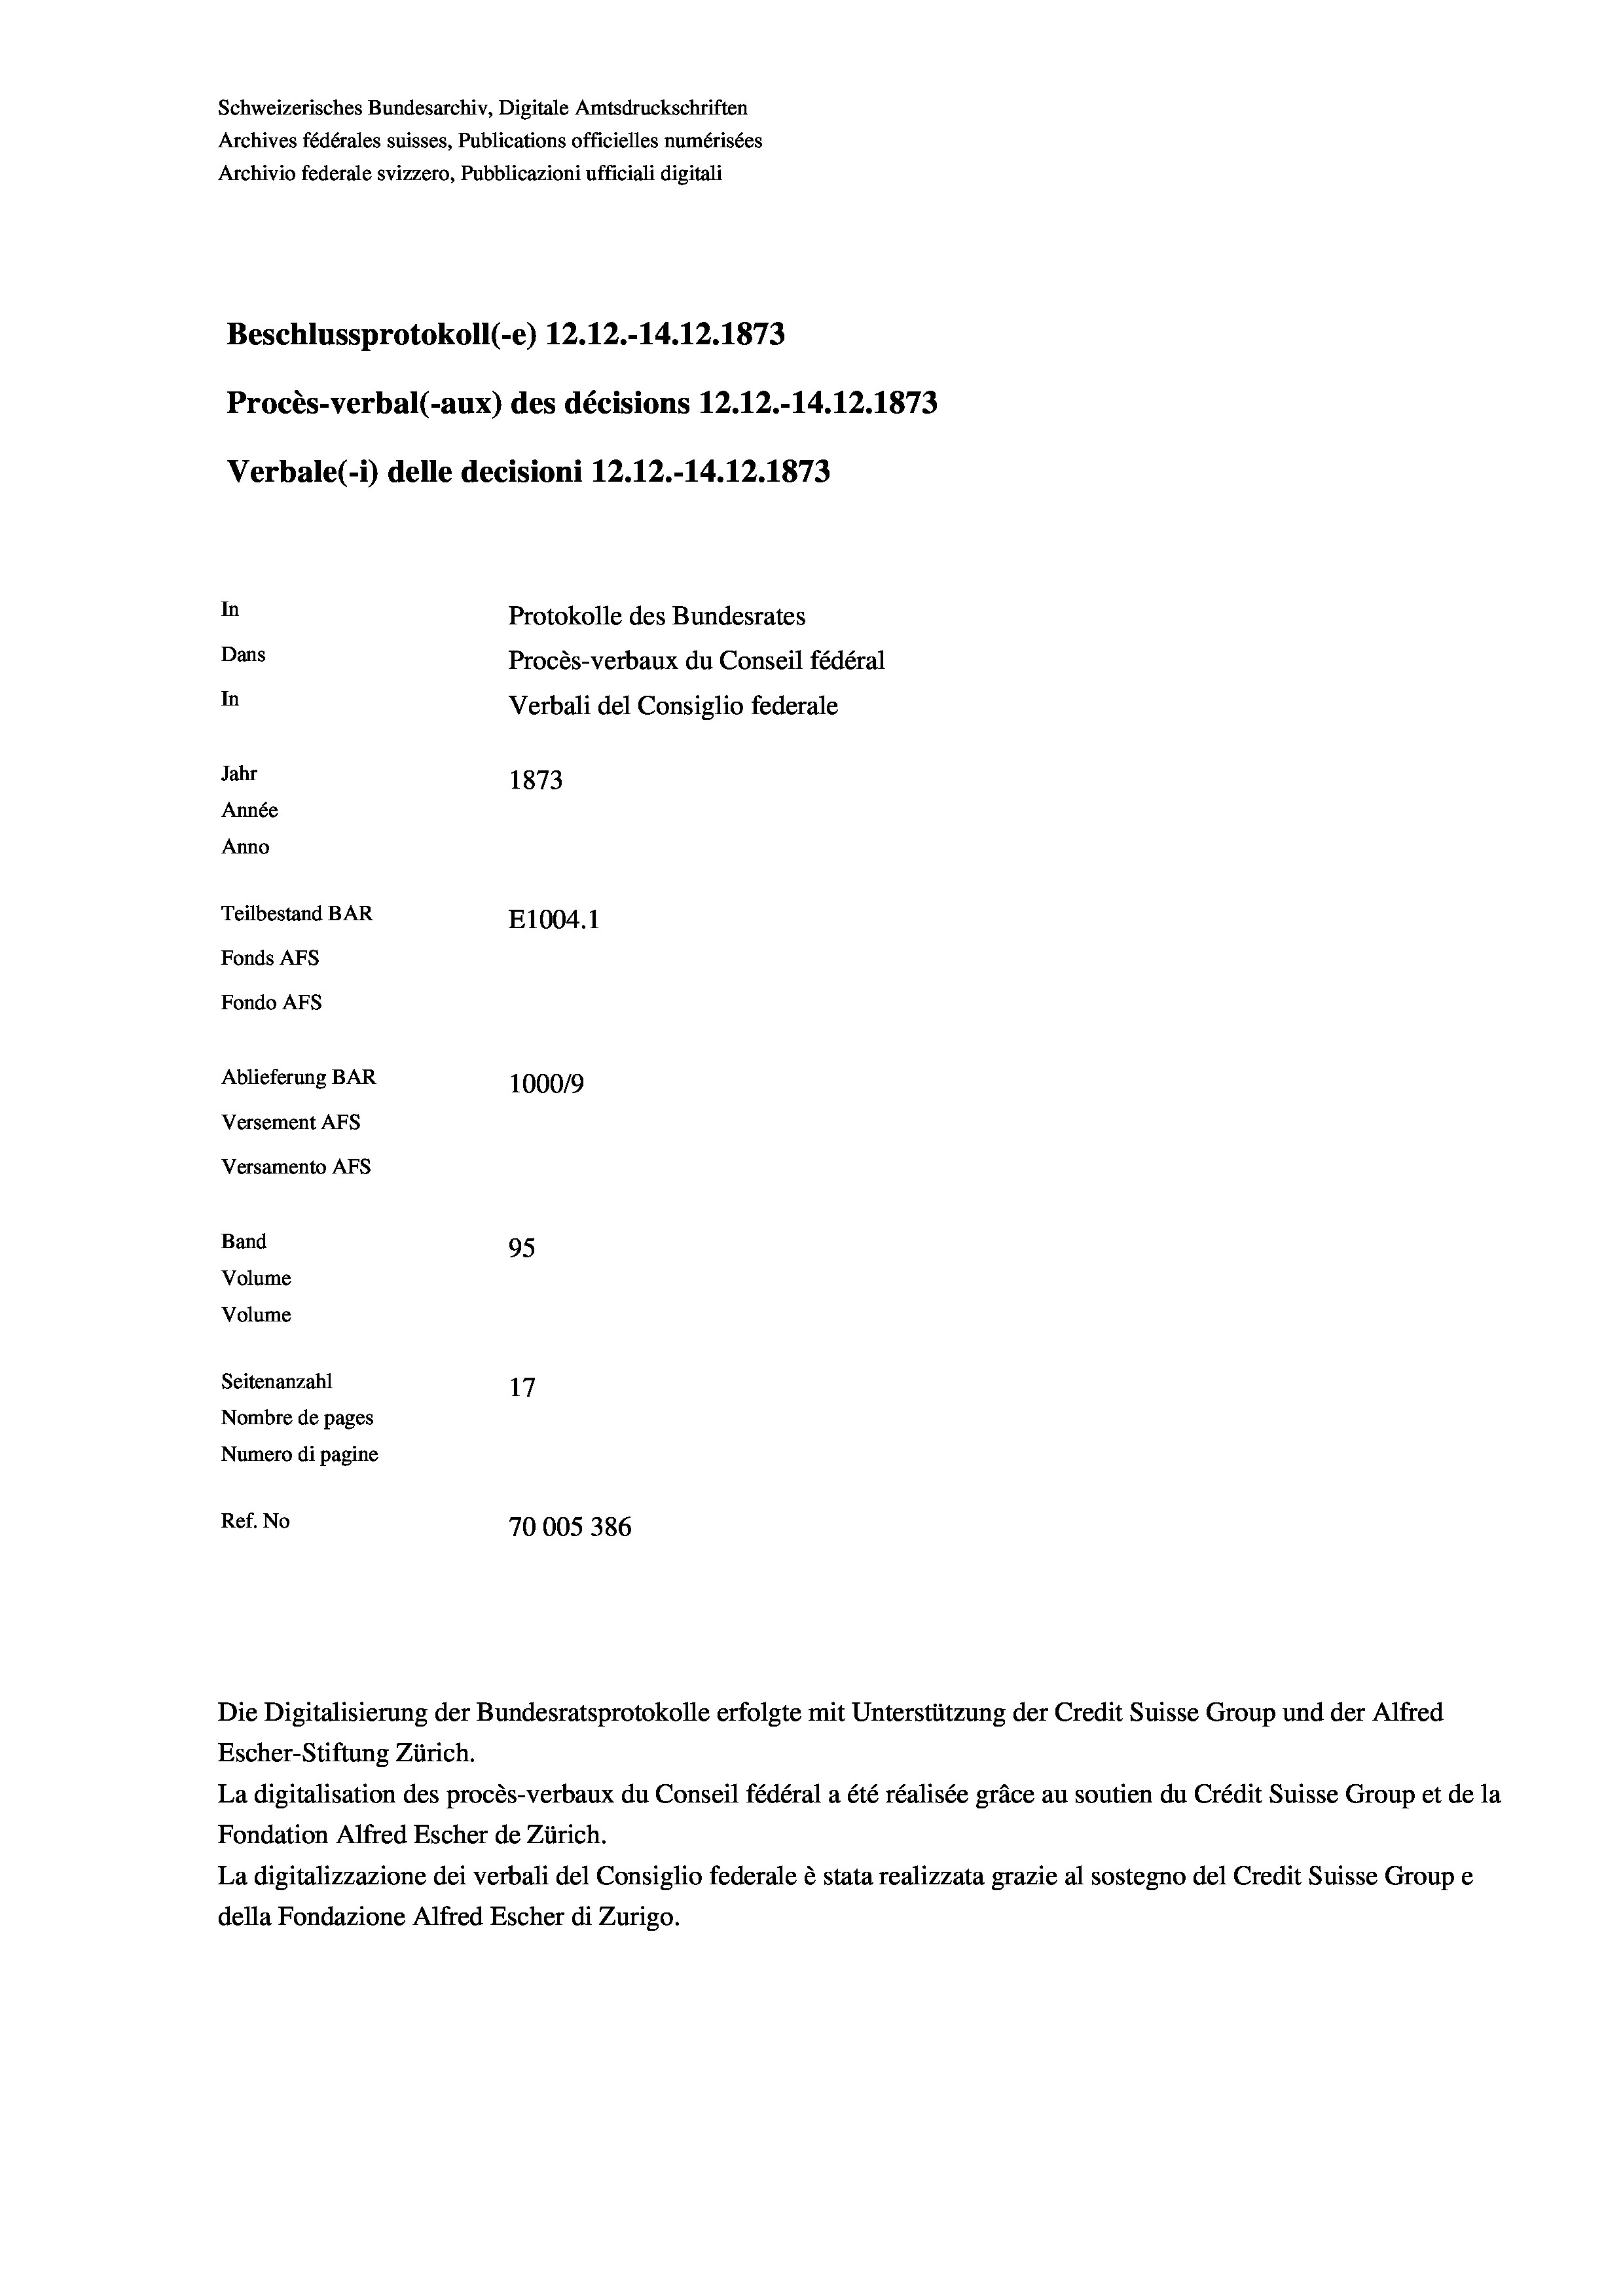
Schweizerisches Bundesarchiv, Digitale Amtsdruckschriften
Archives fédérales suisses, Publications officielles numérisées
Archivio federale svizzero, Pubblicazioni ufficiali digitali
Beschlussprotokoll (-e) 12.12.-14.12.1873
Procès-verbal (-aux) des décisions 12.12.-14.12.1873
Verbale(- 1) delle decisioni 12.12.-14. 12. 1873
In
Protokolle des Bundesrates
Dans
Procès-verbaux du Conseil fédéral
In
Verbali del Consiglio federale
Jahr
1873
Année
Anno
Teilbestand BAR
E1004. 1
Fonds Afs
Fondo AFS
Ablieferung BAR
100019
Versement Ans
Versamento Afs
Band
95
Volume
Volume
Seitenanzahl
17
Nombre de pages
Numero di pagine
Ref. No
70005 386

Die Digitalisierung der Bundesratsprotokolle erfolgte mit Unterstützung der Credit Suisse Group und der Alfred

Escher-Stiftung Zürich.
La digitalisation des procès-verbaux du Conseil fédéral a été réalisée gräce au soutien du Crédit Suisse Group et de la
Fondation Alfred Escher de Zürich.
La digitalizzazione dei verbali del Consiglio federale è stata realizzata grazie al sostegno del Credit Suisse Groupe
della Fondazione Alfred Escher di Zurigo.